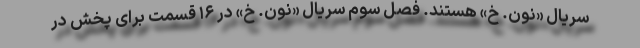
سریال «نون. خ» هستند. فصل سوم سریال «نون. خ» در ۱۶ قسمت برای پخش در